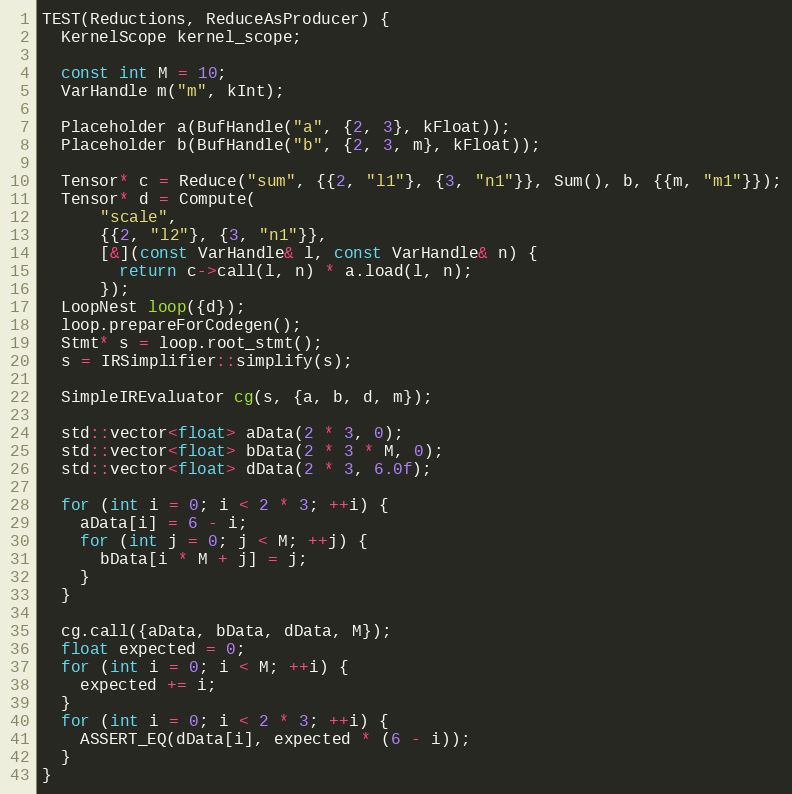
Language: C++
TEST(Reductions, ReduceAsProducer) {
  KernelScope kernel_scope;

  const int M = 10;
  VarHandle m("m", kInt);

  Placeholder a(BufHandle("a", {2, 3}, kFloat));
  Placeholder b(BufHandle("b", {2, 3, m}, kFloat));

  Tensor* c = Reduce("sum", {{2, "l1"}, {3, "n1"}}, Sum(), b, {{m, "m1"}});
  Tensor* d = Compute(
      "scale",
      {{2, "l2"}, {3, "n1"}},
      [&](const VarHandle& l, const VarHandle& n) {
        return c->call(l, n) * a.load(l, n);
      });
  LoopNest loop({d});
  loop.prepareForCodegen();
  Stmt* s = loop.root_stmt();
  s = IRSimplifier::simplify(s);

  SimpleIREvaluator cg(s, {a, b, d, m});

  std::vector<float> aData(2 * 3, 0);
  std::vector<float> bData(2 * 3 * M, 0);
  std::vector<float> dData(2 * 3, 6.0f);

  for (int i = 0; i < 2 * 3; ++i) {
    aData[i] = 6 - i;
    for (int j = 0; j < M; ++j) {
      bData[i * M + j] = j;
    }
  }

  cg.call({aData, bData, dData, M});
  float expected = 0;
  for (int i = 0; i < M; ++i) {
    expected += i;
  }
  for (int i = 0; i < 2 * 3; ++i) {
    ASSERT_EQ(dData[i], expected * (6 - i));
  }
}